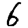
Digit: 6